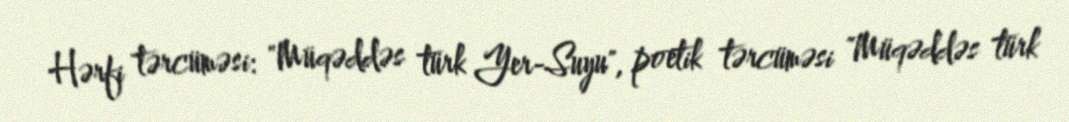
Hərfi tərcüməsi: "Müqəddəs türk Yer-Suyu", poetik tərcüməsi "Müqəddəs türk